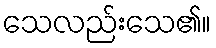
သေလည်းသေ၏။